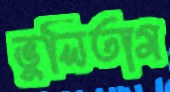
ভুলিতাম